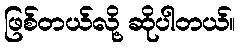
ဖြစ်တယ်လို့ ဆိုပါတယ်။